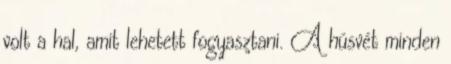
volt a hal, amit lehetett fogyasztani. A húsvét minden